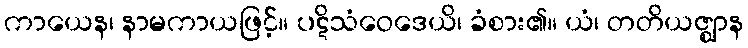
ကာယေန၊ နာမကာယဖြင့်။ ပဋိသံဝေဒေယိ၊ ခံစား၏။ ယံ၊ တတိယဇ္ဈာန